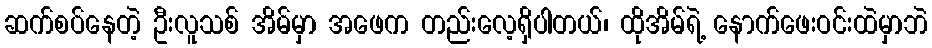
ဆက်စပ်နေတဲ့ ဦးလူသစ် အိမ်မှာ အဖေက တည်းလေ့ရှိပါတယ်၊ ထိုအိမ်ရဲ့ နောက်ဖေးဝင်းထဲမှာဘဲ